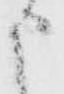
申